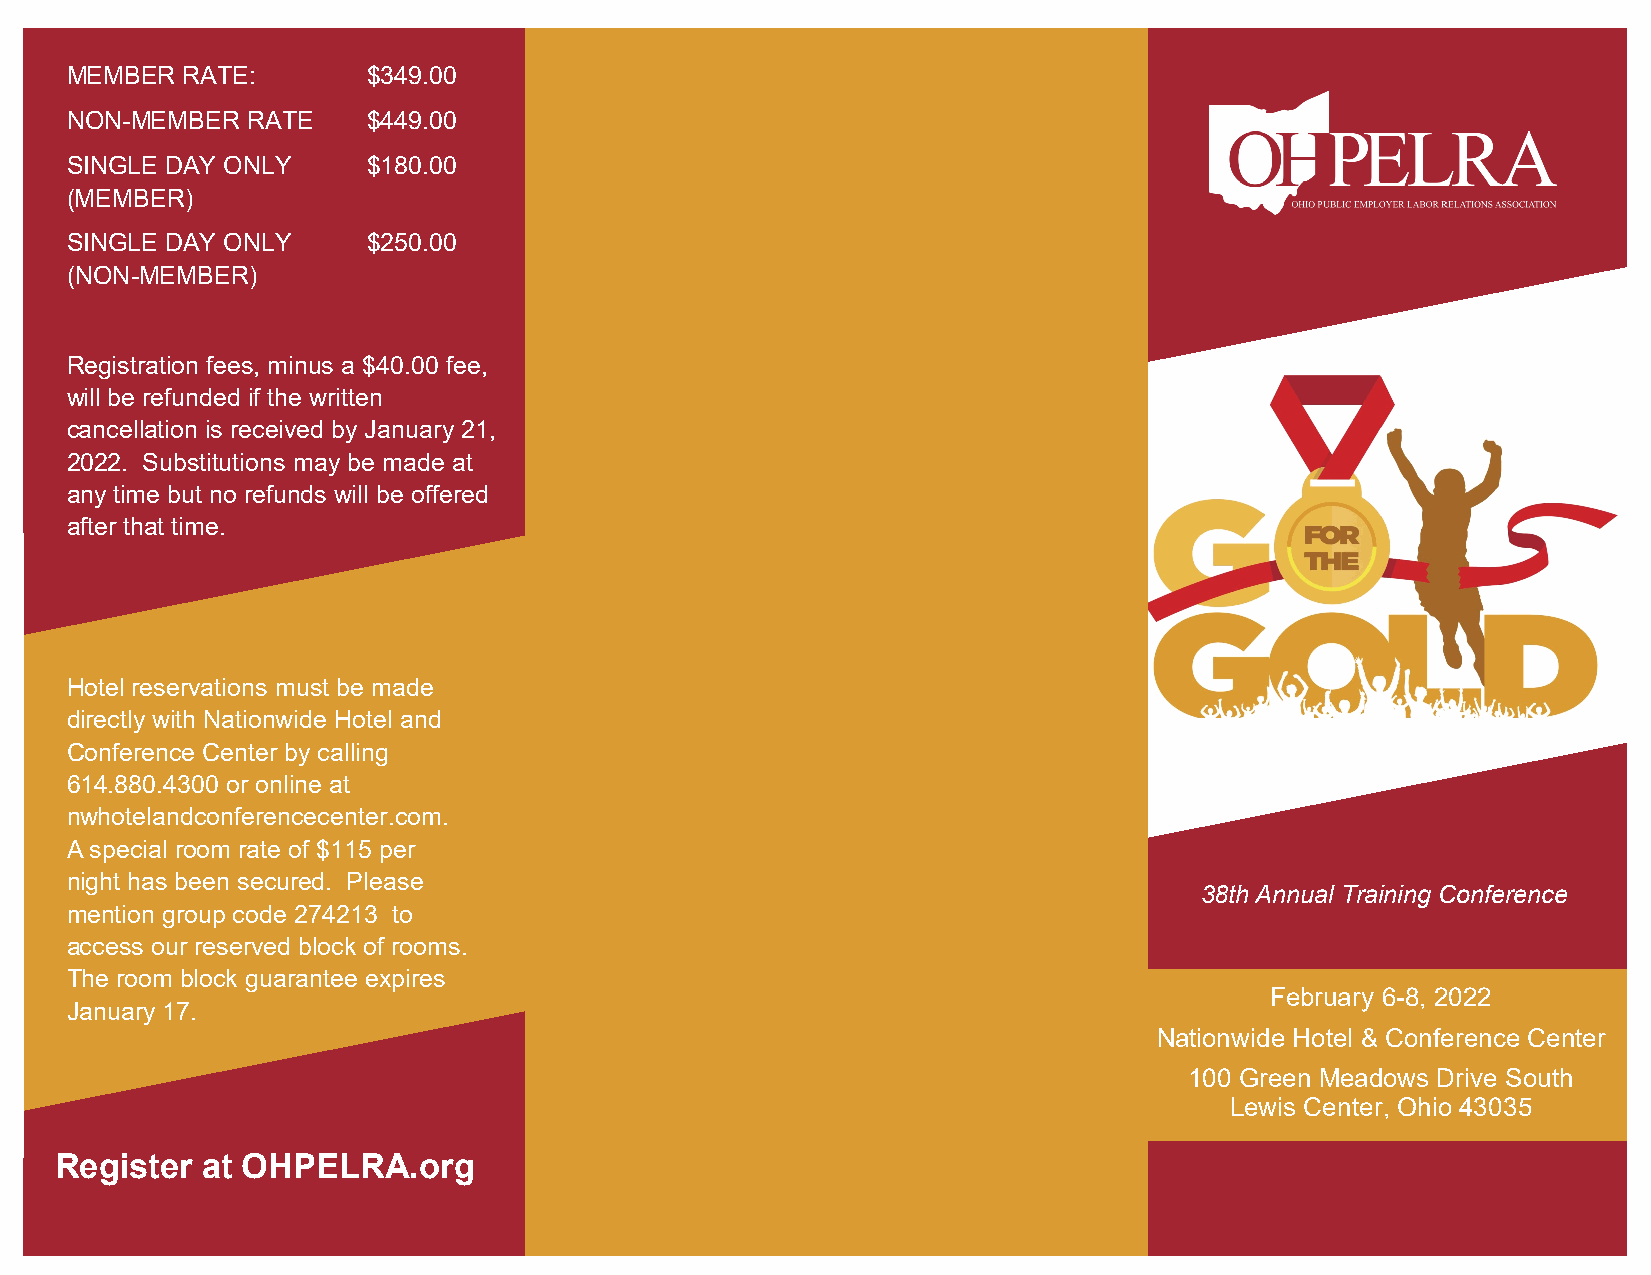
MEMBER  RATE:       $349.00
 NON-MEMBER  RATE    $449.00
 SINGLE DAY ONLY     $180.00
 (MEMBER)
 SINGLE DAY ONLY     $250.00
 (NON-MEMBER)
 Registration fees, minus a $40.00 fee,
 will be refunded if the written
 cancellation is received by January 21,
 2022. Substitutions may be made at
 any time but no refunds will be offered
 after that time.
 Hotel reservations must be made
 directly with Nationwide Hotel and
 Conference Center by calling
 614.880.4300 or online at
 nwhotelandconferencecenter.com.
 A special room rate of $115 per
 night has been secured. Please
 38th Annual Training Conference
 mention group code 274213 to
 access our reserved block of rooms.
 The room block guarantee expires
 February 6-8, 2022
 January 17.
 Nationwide Hotel & Conference Center
 100 Green Meadows Drive South
 Lewis Center, Ohio 43035
 Register at OHPELRA.org